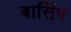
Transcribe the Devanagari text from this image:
बासिंग